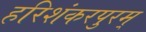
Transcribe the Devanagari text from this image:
हरिशंकरपुरम्